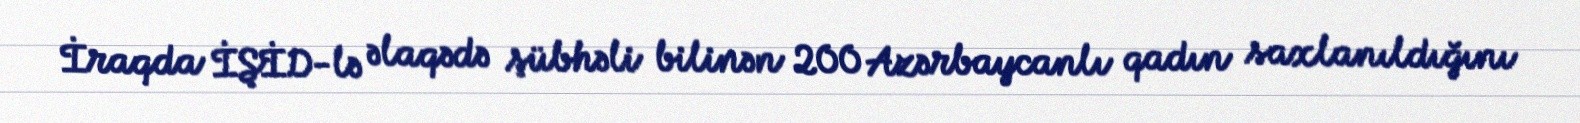
İraqda İŞİD-lə əlaqədə şübhəli bilinən 200 Azərbaycanlı qadın saxlanıldığını